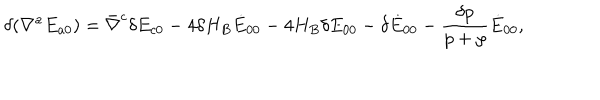
\delta ( \nabla ^ { a } E _ { a 0 } ) = \bar { \nabla } ^ { c } \delta E _ { c 0 } - 4 \delta H _ { B } \dot { E } _ { 0 0 } - 4 H _ { B } \delta E _ { 0 0 } - \delta \dot { E } _ { 0 0 } - \frac { \delta p } { p + \rho } \dot { E } _ { 0 0 } ,